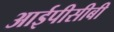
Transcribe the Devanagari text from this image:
आईपीसीबी